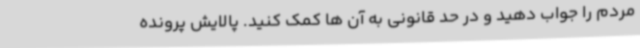
مردم را جواب دهید و در حد قانونی به آن ها کمک کنید. پالایش پرونده